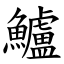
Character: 鱸